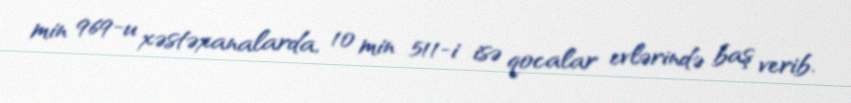
min 969-u xəstəxanalarda, 10 min 511-i isə qocalar evlərində baş verib.